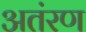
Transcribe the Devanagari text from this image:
अतंरण